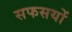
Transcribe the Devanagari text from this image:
सफसयों